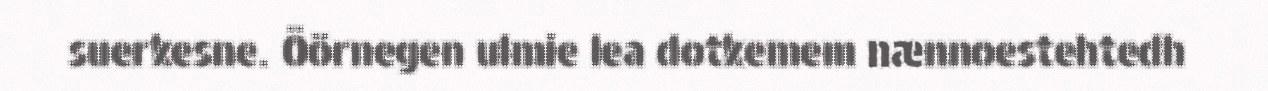
suerkesne. Öörnegen ulmie lea dotkemem nænnoestehtedh